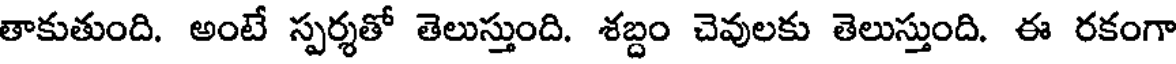
తాకుతుంది. అంటే స్పర్శతో తెలుస్తుంది. శబ్దం చెవులకు తెలుస్తుంది. ఈ రకంగా